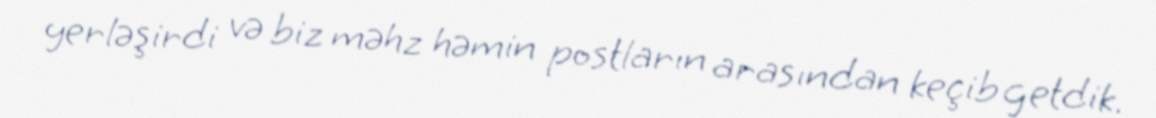
yerləşirdi və biz məhz həmin postların arasından keçib getdik.